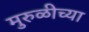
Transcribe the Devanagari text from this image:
मुरुळीच्या